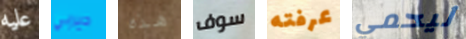
عليه ديربي هذه سوف عرفته ليحمي